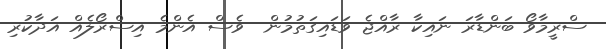
ސްރީމާވޯ ބަންޑާރަ ނައިކާ ރާއްޖެ ވަޑައިގަތުމުން  ވެސް އެންމެ އިސްރޯލެއް އަދާކުރި